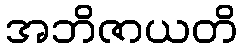
အဘိဇာယတိ